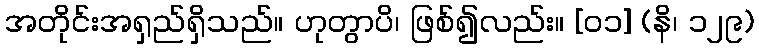
အတိုင်းအရှည်ရှိသည်။ ဟုတွာပိ၊ ဖြစ်၍လည်း။ [၀၁] (နိ၊ ၁၂၉)